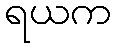
ရယက